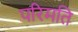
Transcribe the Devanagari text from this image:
परिमति